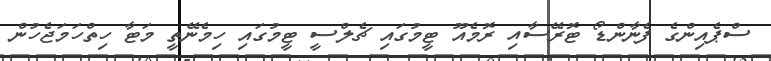
ސްޕެއިންގެ ފެނާންޑޯ ޓޮރޭސާއި ރޮމެއޫ ޓީމުގައި ޗެލްސީ ޓީމުގައި ހިމެނޭތީ މަޓާ ހިތްހަމަޖެހުން